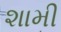
શામી